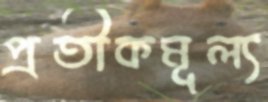
প্রতীকমূল্য